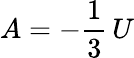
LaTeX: A=-{\frac{1}{3}}\, U